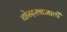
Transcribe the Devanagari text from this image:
चोरदरवाजाची